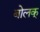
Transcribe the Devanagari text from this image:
बोलक्